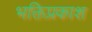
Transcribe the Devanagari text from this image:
भक्तिप्रकाश